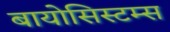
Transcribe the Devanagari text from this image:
बायोसिस्टम्स